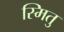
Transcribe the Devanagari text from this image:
स्मितु